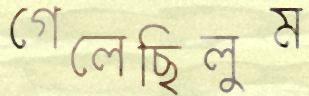
গেলেছিলুম